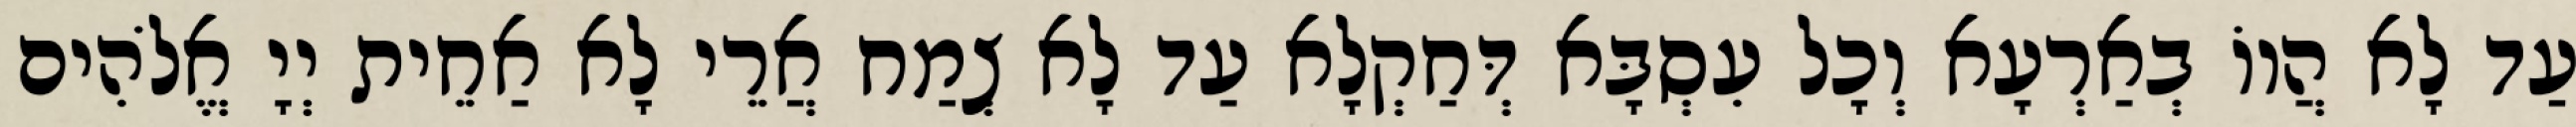
עַד לָא הֲווֹ בְאַרְעָא וְכָל עִסְבָּא דְּחַקְלָא עַד לָא צְמַח אֲרֵי לָא אַחֵית יְיָ אֱלֹהִים